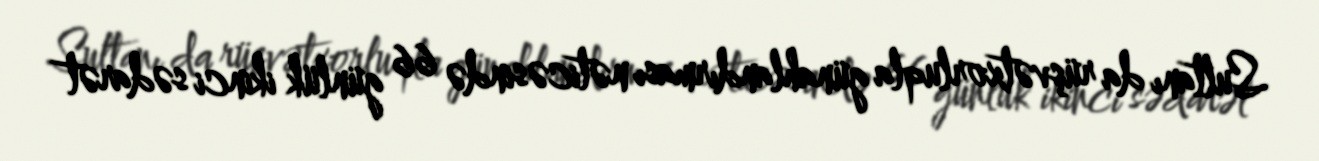
Sultanı da rüşvətxorluqla günahlandırması nəticəsində 66 günlük ikinci sədarət